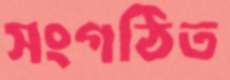
সংগঠিত